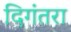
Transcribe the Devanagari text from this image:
दिगंतरा